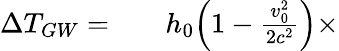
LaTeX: \begin{array}{rlr}{\Delta T_{GW}=}&{{}}&{h_{0}\Bigl(1-\frac{v_{0}^{2}}{2c^{2}}\Bigr)\times}\end{array}